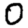
Digit: 0